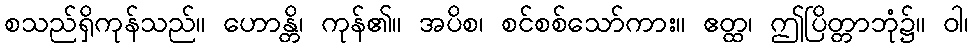
စသည်ရှိကုန်သည်။ ဟောန္တိ၊ ကုန်၏။ အပိစ၊ စင်စစ်သော်ကား။ ဧတ္ထ၊ ဤပြိတ္တာဘုံ၌။ ဝါ၊